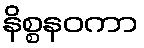
နိစ္စနဝကာ